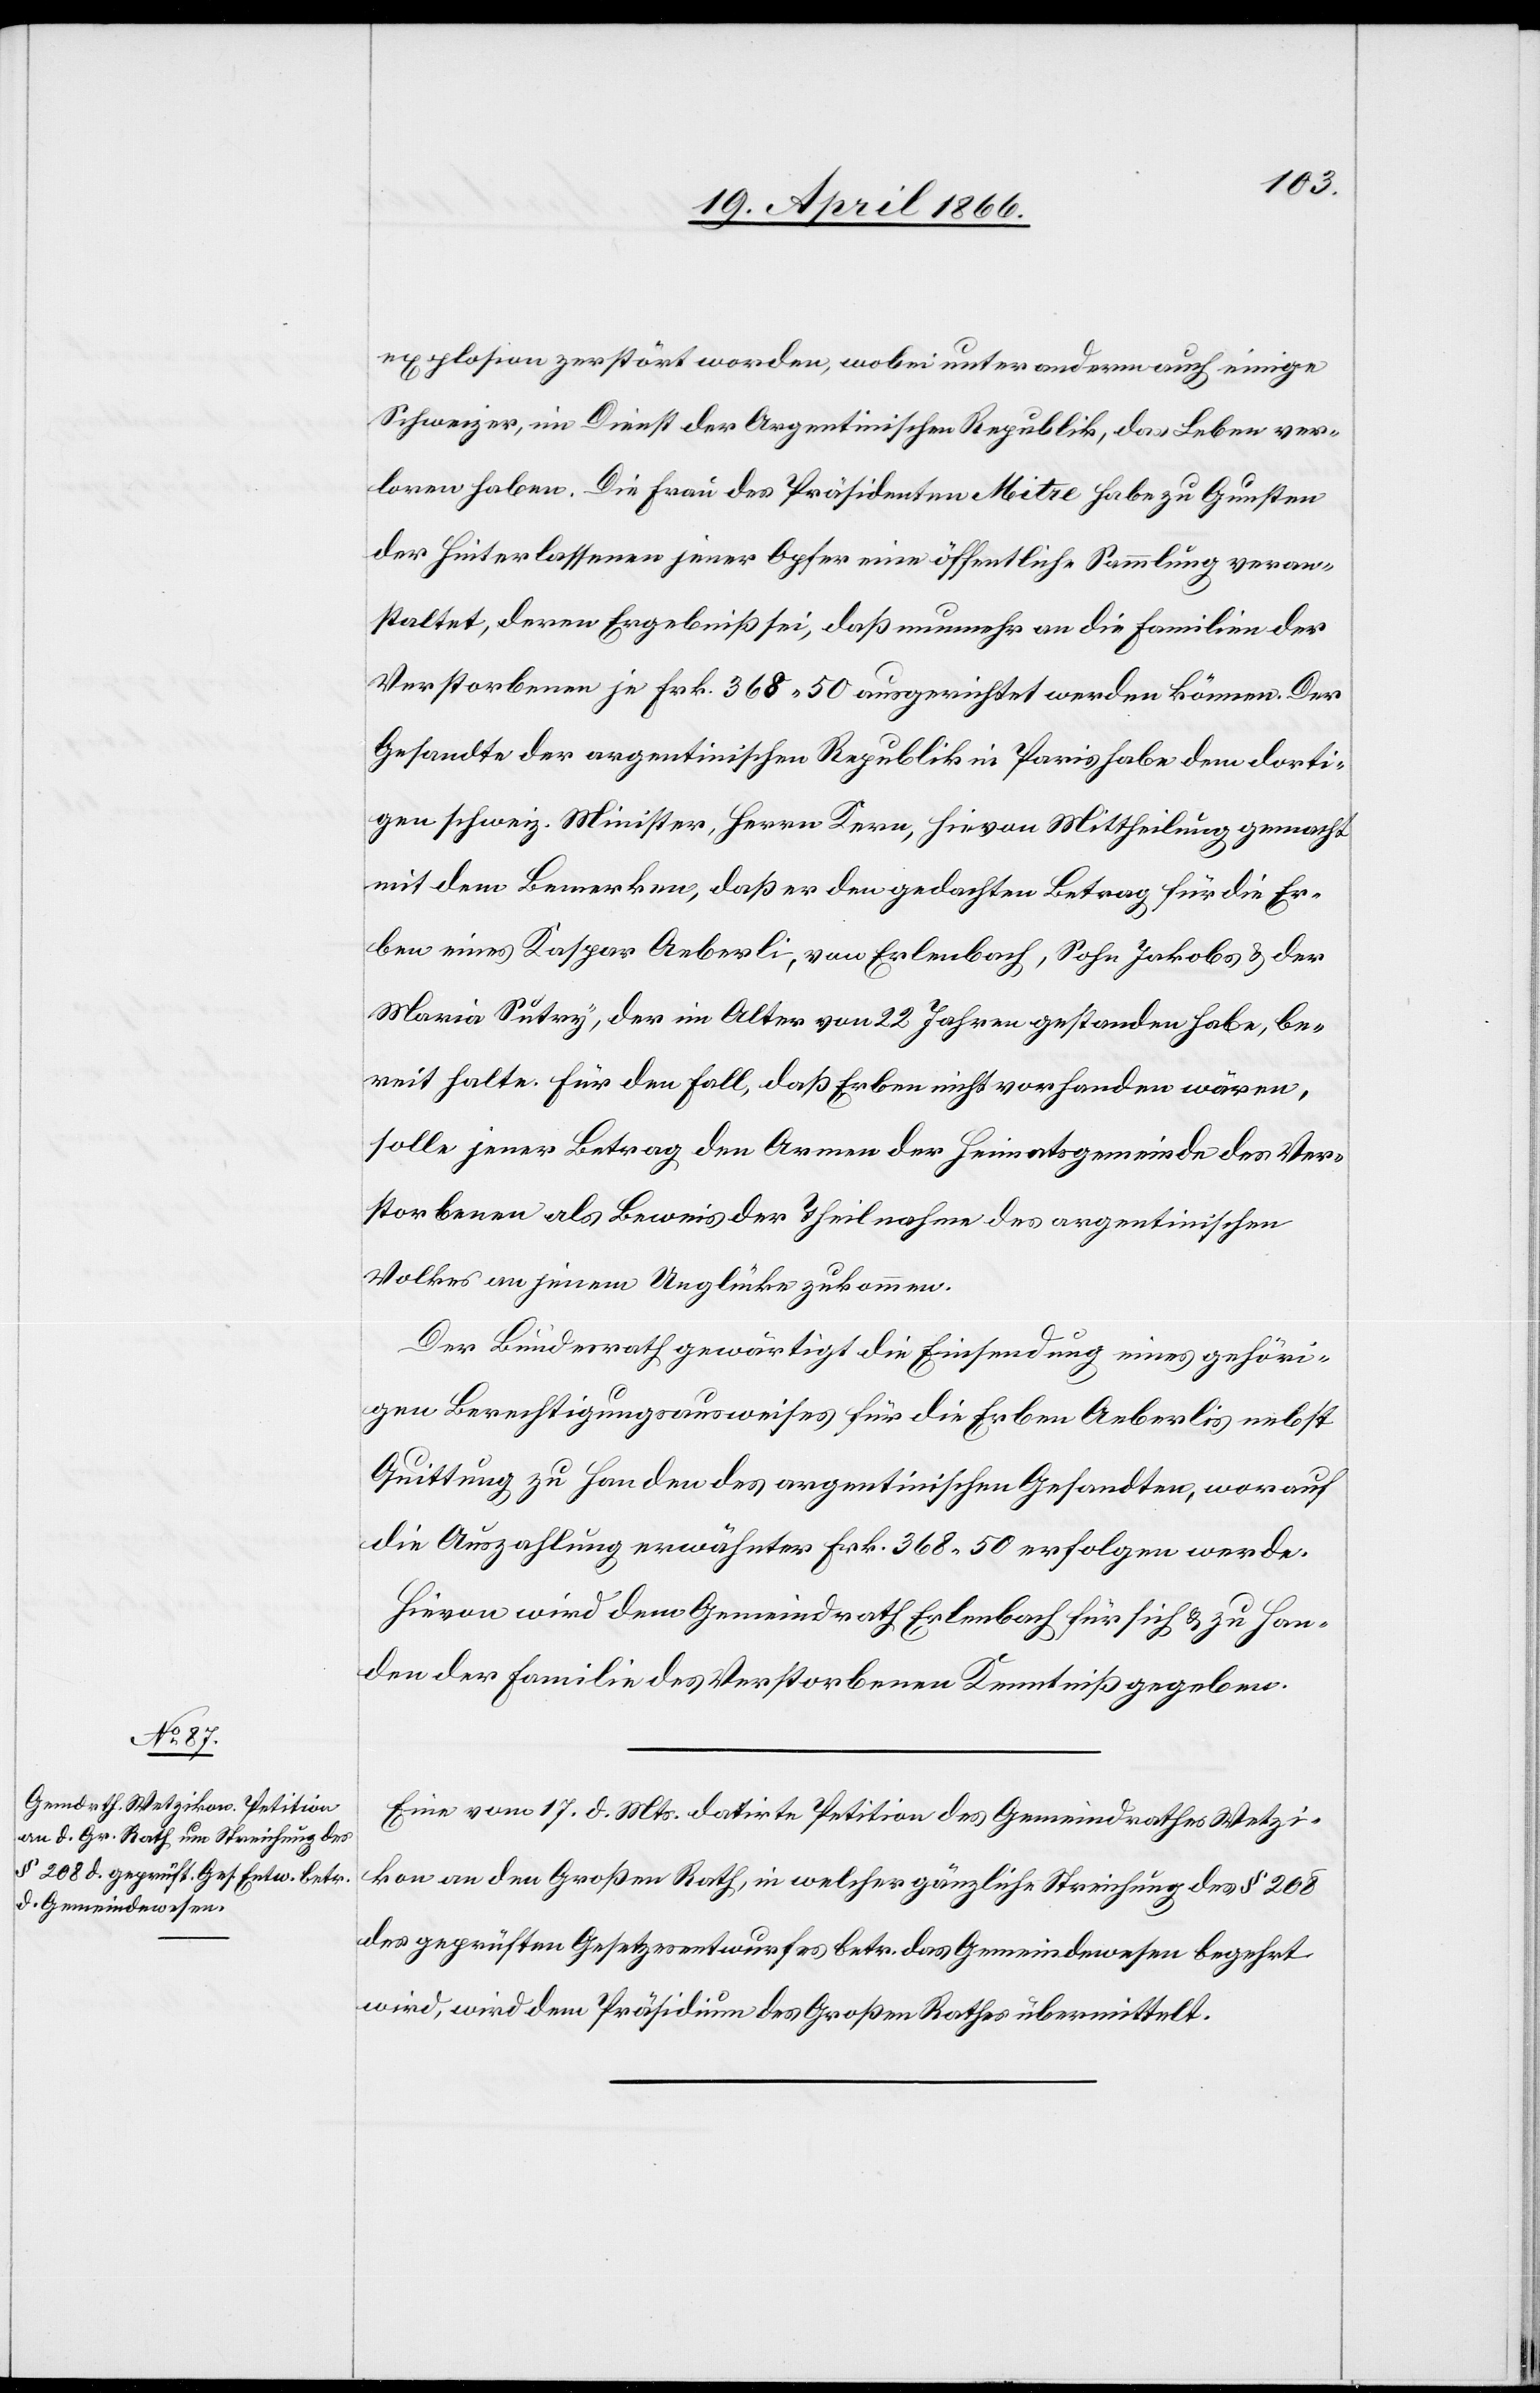
20. April 1866.]
explosion zerstört worden, wobei unter anderm auch einige
Schweizer, im Dienst der Argentinischen Republik, das Leben ver¬
loren haben. Die Frau des Präsidenten Mitre habe zu Gunsten
der Hinterlassenen jener Opfer eine öffentliche Sammlung veran¬
staltet, deren Ergebniß sei, daß nunmehr an die Familien der
Verstorbenen je Frk. 368.50 ausgerichtet werden können. Der
Gesandte der argentinischen Republik in Paris habe dem dorti¬
gen schweiz. Minister, Herrn Kern, hievon Mittheilung gemacht
mit dem Bemerken, daß er den gedachten Betrag für die Er¬
ben eines Kaspar Aeberli, von Erlenbach, Sohn Jakobs u. der
Maria Sutry, der im Alter von 22 Jahren gestanden habe, be¬
reit halte. Für den Fall, daß Erben nicht vorhanden wären,
solle jener Betrag den Armen der Heimatsgemeinde des Ver¬
storbenen als Beweis der Theilnahme des argentinischen
Volkes an jenem Unglücke zukommen.
Der Bundesrath gewärtigt die Einsendung eines gehöri¬
gen Berechtigungsausweises für die Erben Aeberlis nebst
Quittung zu Handen des argentinischen Gesandten, worauf
die Auszahlung erwähnter Frk. 368.50 erfolgen werde.
Hievon wird dem Gemeindrath Erlenbach für sich u. zu Han¬
den der Familie des Verstorbenen Kenntniß gegeben.
Eine vom 17. d. Mts. datirte Petition des Gemeindrathes Wetzi¬
kon an den Großen Rath, in welcher gänzliche Streichung des § 208
des geprüften Gesetzesentwurfes betr. das Gemeindewesen begehrt
wird, wird dem Präsidium des Großen Rathes übermittelt.